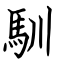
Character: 馴